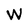
Character: W